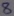
Text: 8